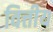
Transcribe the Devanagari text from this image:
वित्तीय